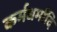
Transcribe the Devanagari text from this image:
कर्मधर्मादि